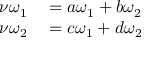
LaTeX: \begin{array} { r l } { \nu \omega _ { 1 } } & { { } = a \omega _ { 1 } + b \omega _ { 2 } } \\ { \nu \omega _ { 2 } } & { { } = c \omega _ { 1 } + d \omega _ { 2 } } \end{array}